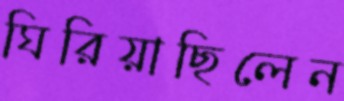
ঘিরিয়াছিলেন